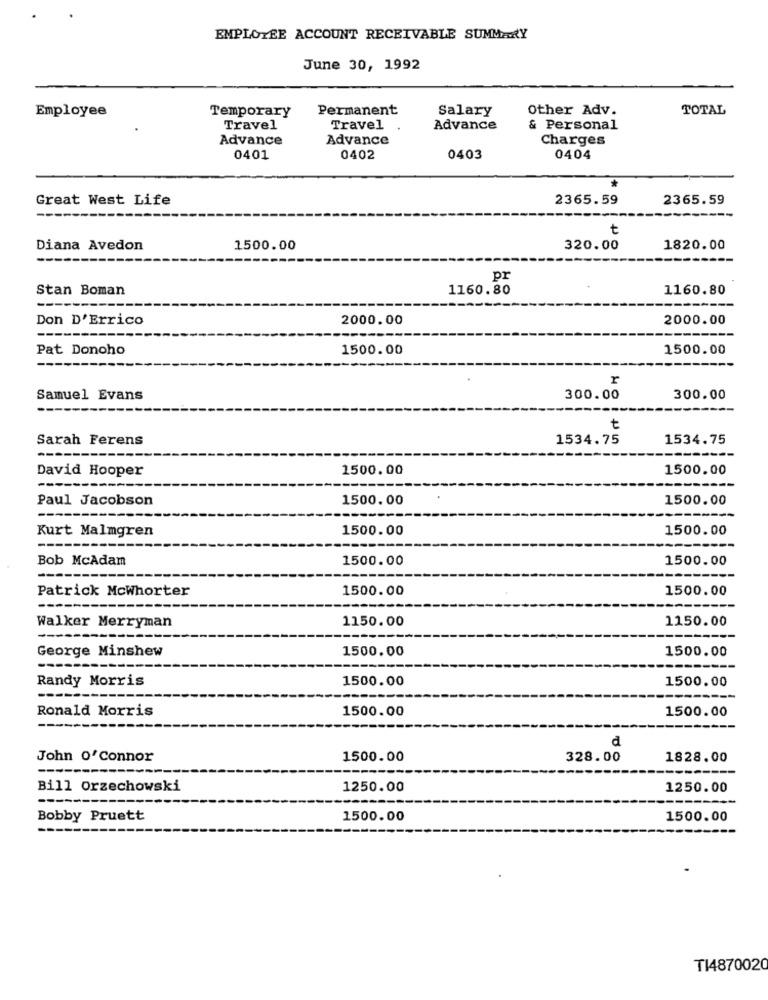
EMPLOYEE ACCOUNT RECEIVABLE SUMMARY
June 30, 1992
Employee
Temporary
Permanent
Salary
Other Adv.
TOTAL
Travel
Travel
Advance
& Personal
Advance
Advance
Charges
0401
0402
0403
0404
*
Great West Life
2365.59
2365.59
----
t
Diana Avedon
1500.00
320.00
1820.00
pr
Stan Boman
1160.80
1160.80
Don D'Errico
2000.00
2000.00
Pat Donoho
1500.00
1500.00
r
Samuel Evans
300.00
300.00
t
Sarah Ferens
1534.75
1534.75
David Hooper
1500.00
1500.00
Paul Jacobson
1500.00
1500.00
1500.00
1500.00
Kurt Malmgren
----
Bob McAdam
1500.00
1500.00
---
Patrick Mcwhorter
1500.00
1500.00
----
Walker Merryman
1150.00
1150.00
George Minshew
1500.00
1500.00
---
Randy Morris
1500.00
1500.00
Ronald Morris
1500.00
1500.00
d
John o'Connor
1500.00
328.00
1828.00
---
Bill Orzechowski
1250.00
1250.00
----
Bobby Pruett
1500.00
1500.00
TI4870020